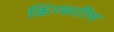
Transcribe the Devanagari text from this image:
किंग्सटीम